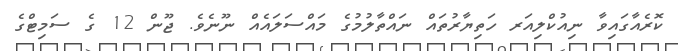
ކޮރެއާގައިވާ ނިއުކްލިއަރ ހަތިޔާރުތައް ނައްތާލުމުގެ މައްސަލައެއް ނޫނެވެ. ޖޫން 12 ގެ ސަމިޓްގެ